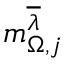
m _ { \Omega , j } ^ { \overline { { \lambda } } }